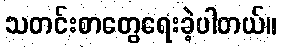
သတင်းစာတွေရေးခဲ့ပါတယ်။